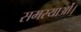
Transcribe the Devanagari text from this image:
समस्याओं।